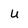
Character: u